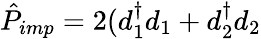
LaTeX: \hat{P}_{imp}=2(d_{1}^{\dagger}d_{1}+d_{2}^{\dagger}d_{2}